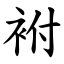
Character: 袝